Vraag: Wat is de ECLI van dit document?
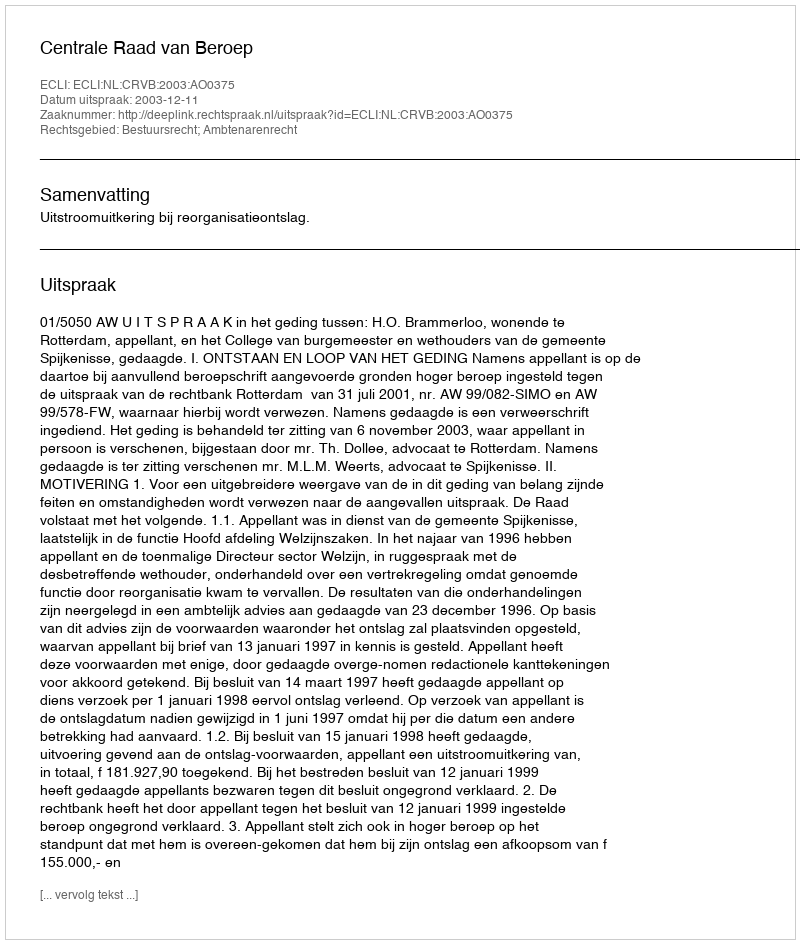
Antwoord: ECLI:NL:CRVB:2003:AO0375